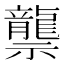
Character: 龒